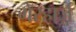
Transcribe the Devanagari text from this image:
गेरहार्ज़